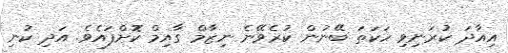
އިއާދަ ކުރަނިވި ހަކަތަ ބޭނުން ކުރެވޭނެ ނިޒާމް ގާއިމް ކޮށްފައެވެ. އަދި ކުނި